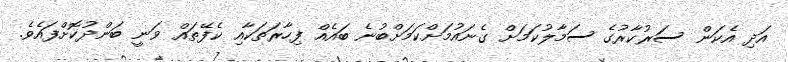
އަދި އެކަން ސަރުކާރުގެ ސަމާލުކަމަށް ގެނައުމަށްކަމަށްބުނެ ބައެއް ފިހާރަތަކާއި ކެފޭތައް ވަނީ ބަންދުކޮށްފައެވެ.